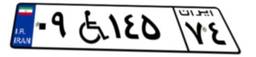
۸۰W۵۱۱۶۹